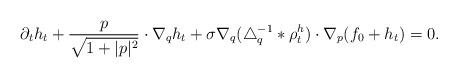
LaTeX: \begin{align*}\partial_t h_t + \frac{p}{\sqrt{1+\lvert p \rvert^2}} \cdot \nabla_q h_t + \sigma \nabla_q(\triangle_q^{-1}\ast \rho^h_t) \cdot \nabla_p (f_0 + h_t)=0. \end{align*}